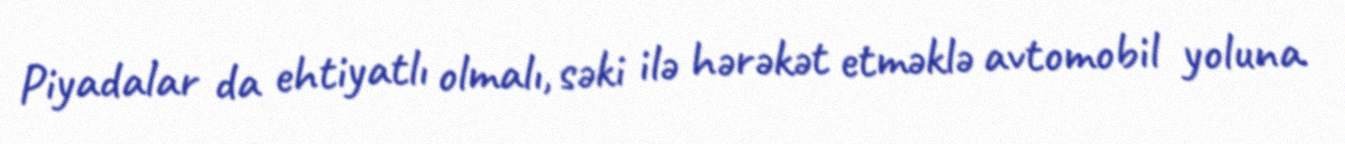
Piyadalar da ehtiyatlı olmalı, səki ilə hərəkət etməklə avtomobil yoluna